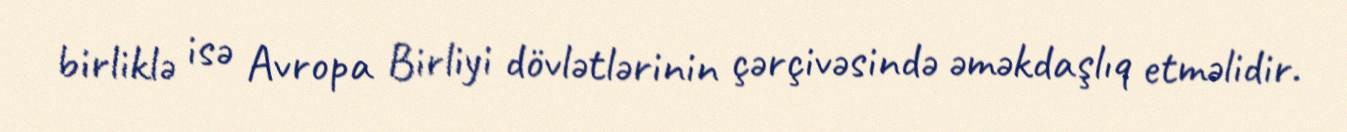
birliklə isə Avropa Birliyi dövlətlərinin çərçivəsində əməkdaşlıq etməlidir.